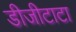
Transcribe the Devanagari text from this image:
डीजीटाटा